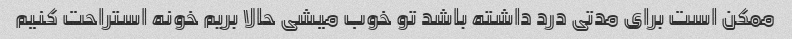
ممکن است برای مدتی درد داشته باشد تو خوب میشی حالا بریم خونه استراحت کنیم